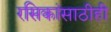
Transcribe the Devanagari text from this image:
रसिकांसाठीही